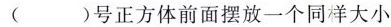
( )号正方体前面摆放一个同样大小